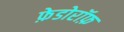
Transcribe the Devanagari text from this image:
फ़ेडोरॉफ़